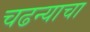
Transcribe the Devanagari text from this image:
चढन्याचा